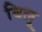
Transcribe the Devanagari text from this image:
बिलू